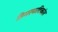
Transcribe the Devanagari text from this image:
हिमस्फटिकांत